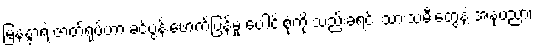
မြနန္ဒာရဲ့ ဇာတ်ရုပ်ဟာ ခင်ပွန်းဖောက်ပြန်မှု ပေါင်းစုံကို သည်းခံရင်း သားသမီးတွေနဲ့ အနုပညာ၊